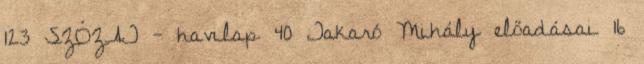
123 SZÓZAT - havilap 40 Takaró Mihály előadásai 16